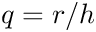
q = r / h